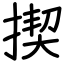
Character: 揳